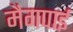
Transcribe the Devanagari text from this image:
मैगपाई